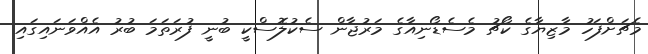
މެޗަށްފަހު މާޒިޔާގެ ކޯޗު މެސެޑޯނިއާގެ މަރުޖާން ސެކުލޮސްކީ ބުނީ ފުރަތަމަ ބުރު އެއްވަނައިގައި